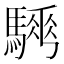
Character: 𩥨